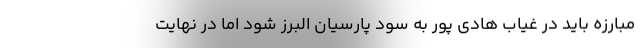
مبارزه باید در غیاب هادی پور به سود پارسیان البرز شود اما در نهایت